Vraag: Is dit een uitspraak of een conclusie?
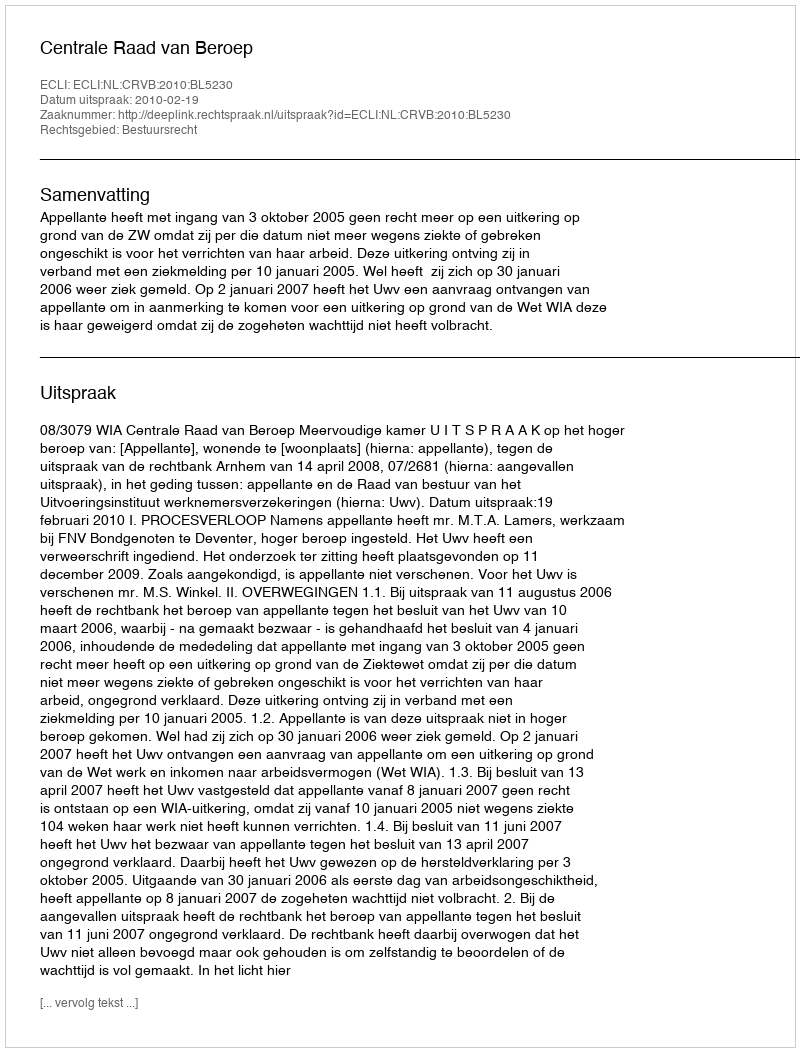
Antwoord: Uitspraak